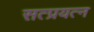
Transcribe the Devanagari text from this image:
सत्प्रयत्न